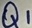
Text: Q1